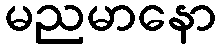
မညမာနော